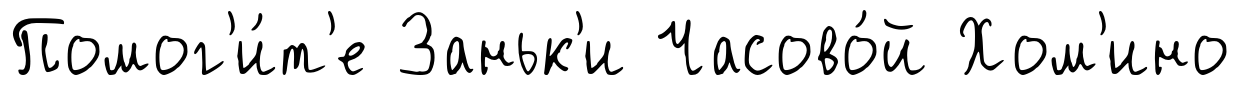
Помог'и́т'е Заньк'и Часово́й Хом'ино